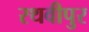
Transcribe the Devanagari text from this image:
रथवीपुर